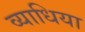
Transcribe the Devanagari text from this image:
व्याधिया